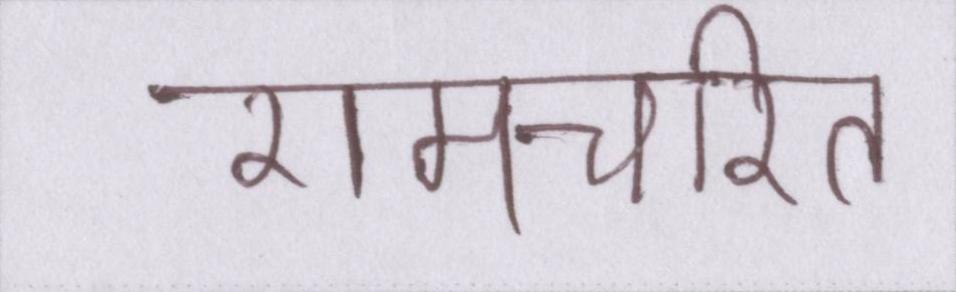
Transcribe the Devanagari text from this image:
रामचरित